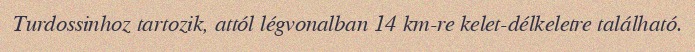
Turdossinhoz tartozik, attól légvonalban 14 km-re kelet-délkeletre található.